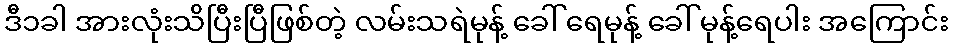
ဒီ၁ခါ အားလုံးသိပြီးပြီဖြစ်တဲ့ လမ်းသရဲမုန့် ခေါ် ရေမုန့် ခေါ် မုန့်ရေပါး အကြောင်း